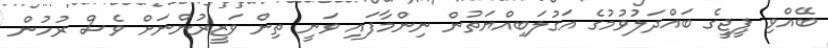
ބޭއްވި ޕީޖީގެ ބައްދަލުވުމުގެ އަގުލަބިއްޔަތުން ނިންމާފައި ވަނީ ތިން ވަޒީރުންނަށް ވެސް ރުހުން